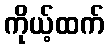
ကိုယ့်ထက်